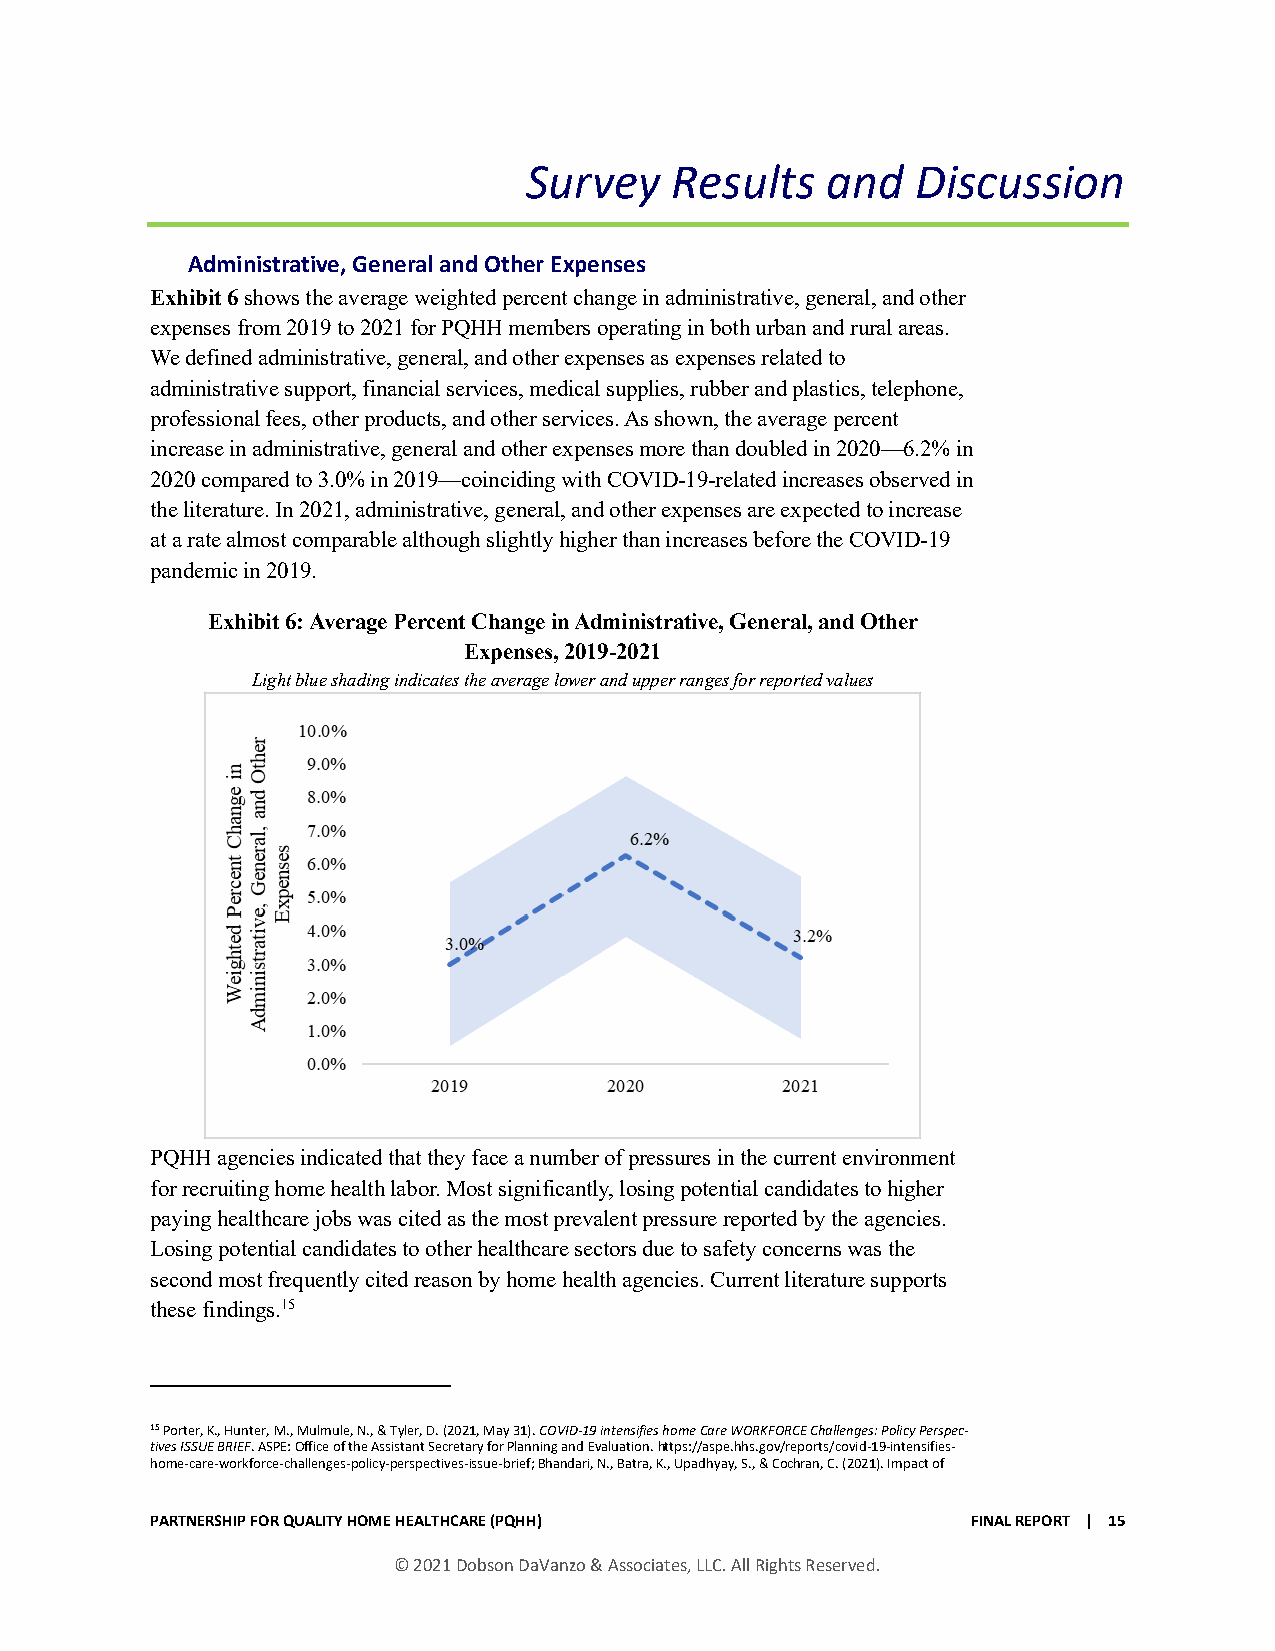
Survey   Results    and   Discussion
 Administrative, General and Other Expenses
 Exhibit 6 shows the average weighted percent change in administrative, general, and other
 expenses from 2019 to 2021 for PQHH members operating in both urban and rural areas.
 We defined administrative, general, and other expenses as expenses related to
 administrative support, financial services, medical supplies, rubber and plastics, telephone,
 professional fees, other products, and other services. As shown, the average percent
 increase in administrative, general and other expenses more than doubled in 2020—6.2% in
 2020 compared to 3.0% in 2019—coinciding with COVID-19-related increases observed in
 the literature. In 2021, administrative, general, and other expenses are expected to increase
 at a rate almost comparable although slightly higher than increases before the COVID-19
 pandemic in 2019.
 Exhibit 6: Average Percent Change in Administrative, General, and Other
 Expenses, 2019-2021
 Light blue shading indicates the average lower and upper ranges for reported values
 PQHH agencies indicated that they face a number of pressures in the current environment
 for recruiting home health labor. Most significantly, losing potential candidates to higher
 paying healthcare jobs was cited as the most prevalent pressure reported by the agencies.
 Losing potential candidates to other healthcare sectors due to safety concerns was the
 second most frequently cited reason by home health agencies. Current literature supports
 these findings.15
 15 Porter, K., Hunter, M., Mulmule, N., & Tyler, D. (2021, May 31). COVID-19 intensifies home Care WORKFORCE Challenges: Policy Perspec-
 tives ISSUE BRIEF. ASPE: Office of the Assistant Secretary for Planning and Evaluation. https://aspe.hhs.gov/reports/covid-19-intensifies-
 home-care-workforce-challenges-policy-perspectives-issue-brief; Bhandari, N., Batra, K., Upadhyay, S., & Cochran, C. (2021). Impact of
 PARTNERSHIP FOR QUALITY HOME HEALTHCARE (PQHH)        FINAL REPORT | 15
 © 2021 Dobson DaVanzo & Associates, LLC. All Rights Reserved.